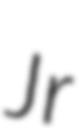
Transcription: Jr